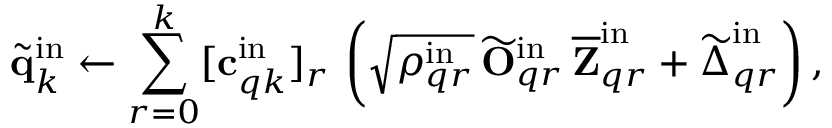
\widetilde { \mathbf { q } } _ { k } ^ { \mathrm { i n } } \gets \sum _ { r = 0 } ^ { k } [ \mathbf { c } _ { q k } ^ { \mathrm { i n } } ] _ { r } \, \left( \sqrt { \rho _ { q r } ^ { \mathrm { i n } } } \, \widetilde { \mathbf { O } } _ { q r } ^ { \mathrm { i n } } \, \overline { { \mathbf { Z } } } _ { q r } ^ { \mathrm { i n } } + \widetilde { \boldsymbol { \Delta } } _ { q r } ^ { \mathrm { i n } } \right) ,